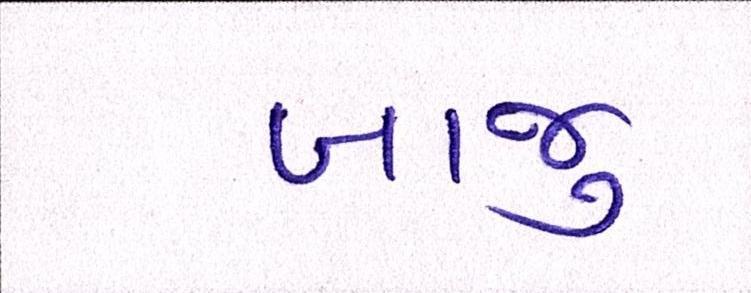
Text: બાજુ